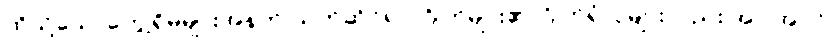
ထိုသို့သောတွေ့ရှိမှုများအနက် သက်ဆိုင်ရာ ဂြိုဟ်များ၏ ဂြိုဟ်ရံလများလည်း အပါအဝင်